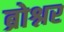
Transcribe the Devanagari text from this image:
ब्रोश्नर